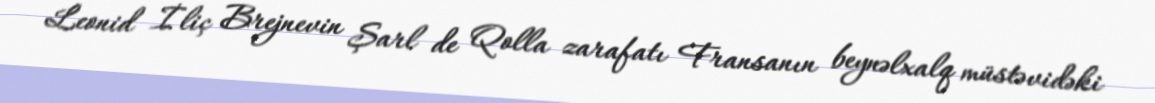
Leonid İliç Brejnevin Şarl de Qolla zarafatı Fransanın beynəlxalq müstəvidəki